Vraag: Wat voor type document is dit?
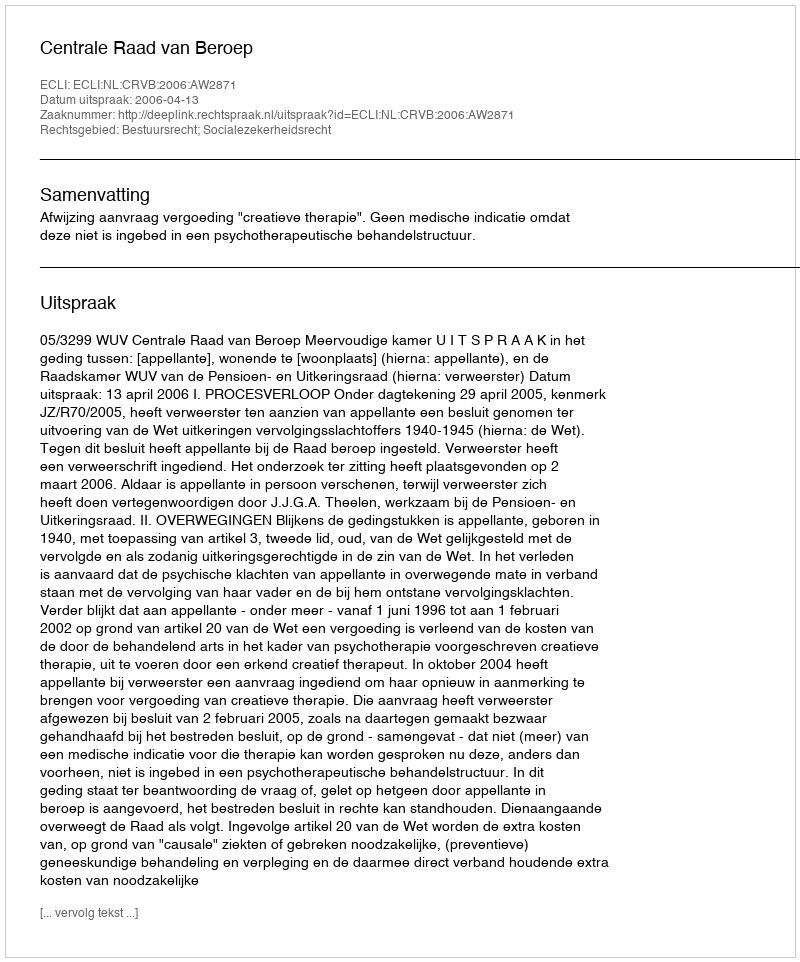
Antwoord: Uitspraak